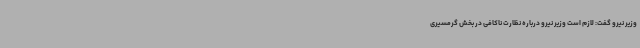
وزیر نیرو گفت: لازم است وزیر نیرو درباره نظارت ناکافی در بخش گرمسیری